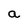
Character: a